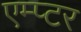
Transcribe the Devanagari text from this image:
एम्प्टर